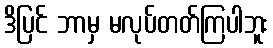
ဒိပြင် ဘာမှ မလုပ်တတ်ကြပါဘူး